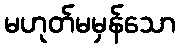
မဟုတ်မမှန်သော